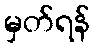
မှတ်ရန်